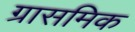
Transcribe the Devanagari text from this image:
ग्रासमिक